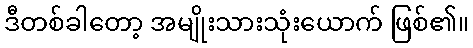
ဒီတစ်ခါတော့ အမျိုးသားသုံးယောက် ဖြစ်၏။